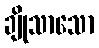
ချိုသာသော